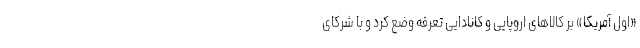
«اول آمریکا» بر کالاهای اروپایی و کانادایی تعرفه وضع کرد و با شرکای